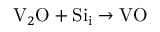
\mathrm { V } _ { 2 } \mathrm { O } + \mathrm { S i } _ { \mathrm { i } } \to \mathrm { V O }